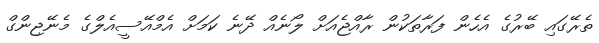
ތެރޭގައި ބޭރުގެ އެހެން ފަރާތަކުން ރާއްޖެއަށް ލޯނެއް ދޭނެ ކަމަށް އެމްއޭސީއެލްގެ މެނޭޖިންގް